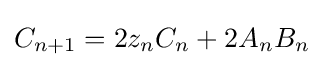
C_{n+1}=2z_{n}C_{n}+2A_{n}B_{n}